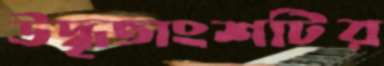
উদ্ধৃতাংশটির